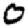
Digit: 0